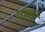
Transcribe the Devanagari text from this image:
वस्थाे